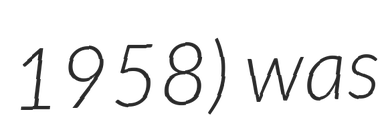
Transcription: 1958) was